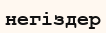
негіздер